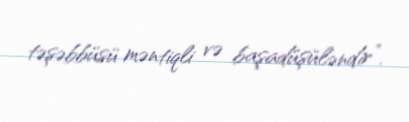
təşəbbüsü məntiqli və başadüşüləndir”.